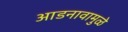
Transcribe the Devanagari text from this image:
आडनावामुळे